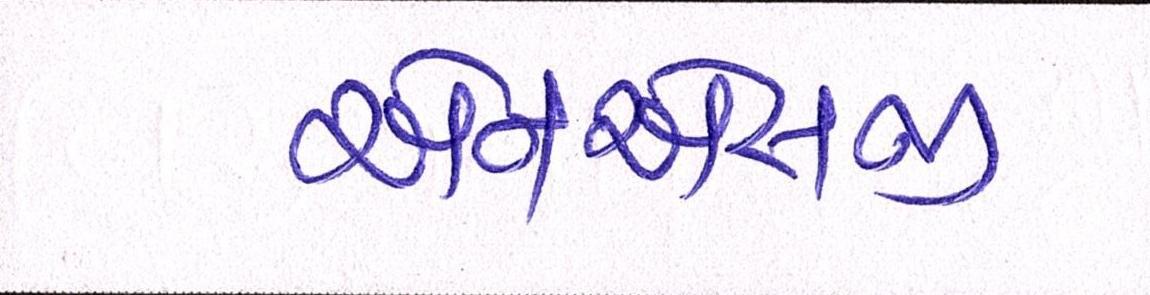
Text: એનએસજી